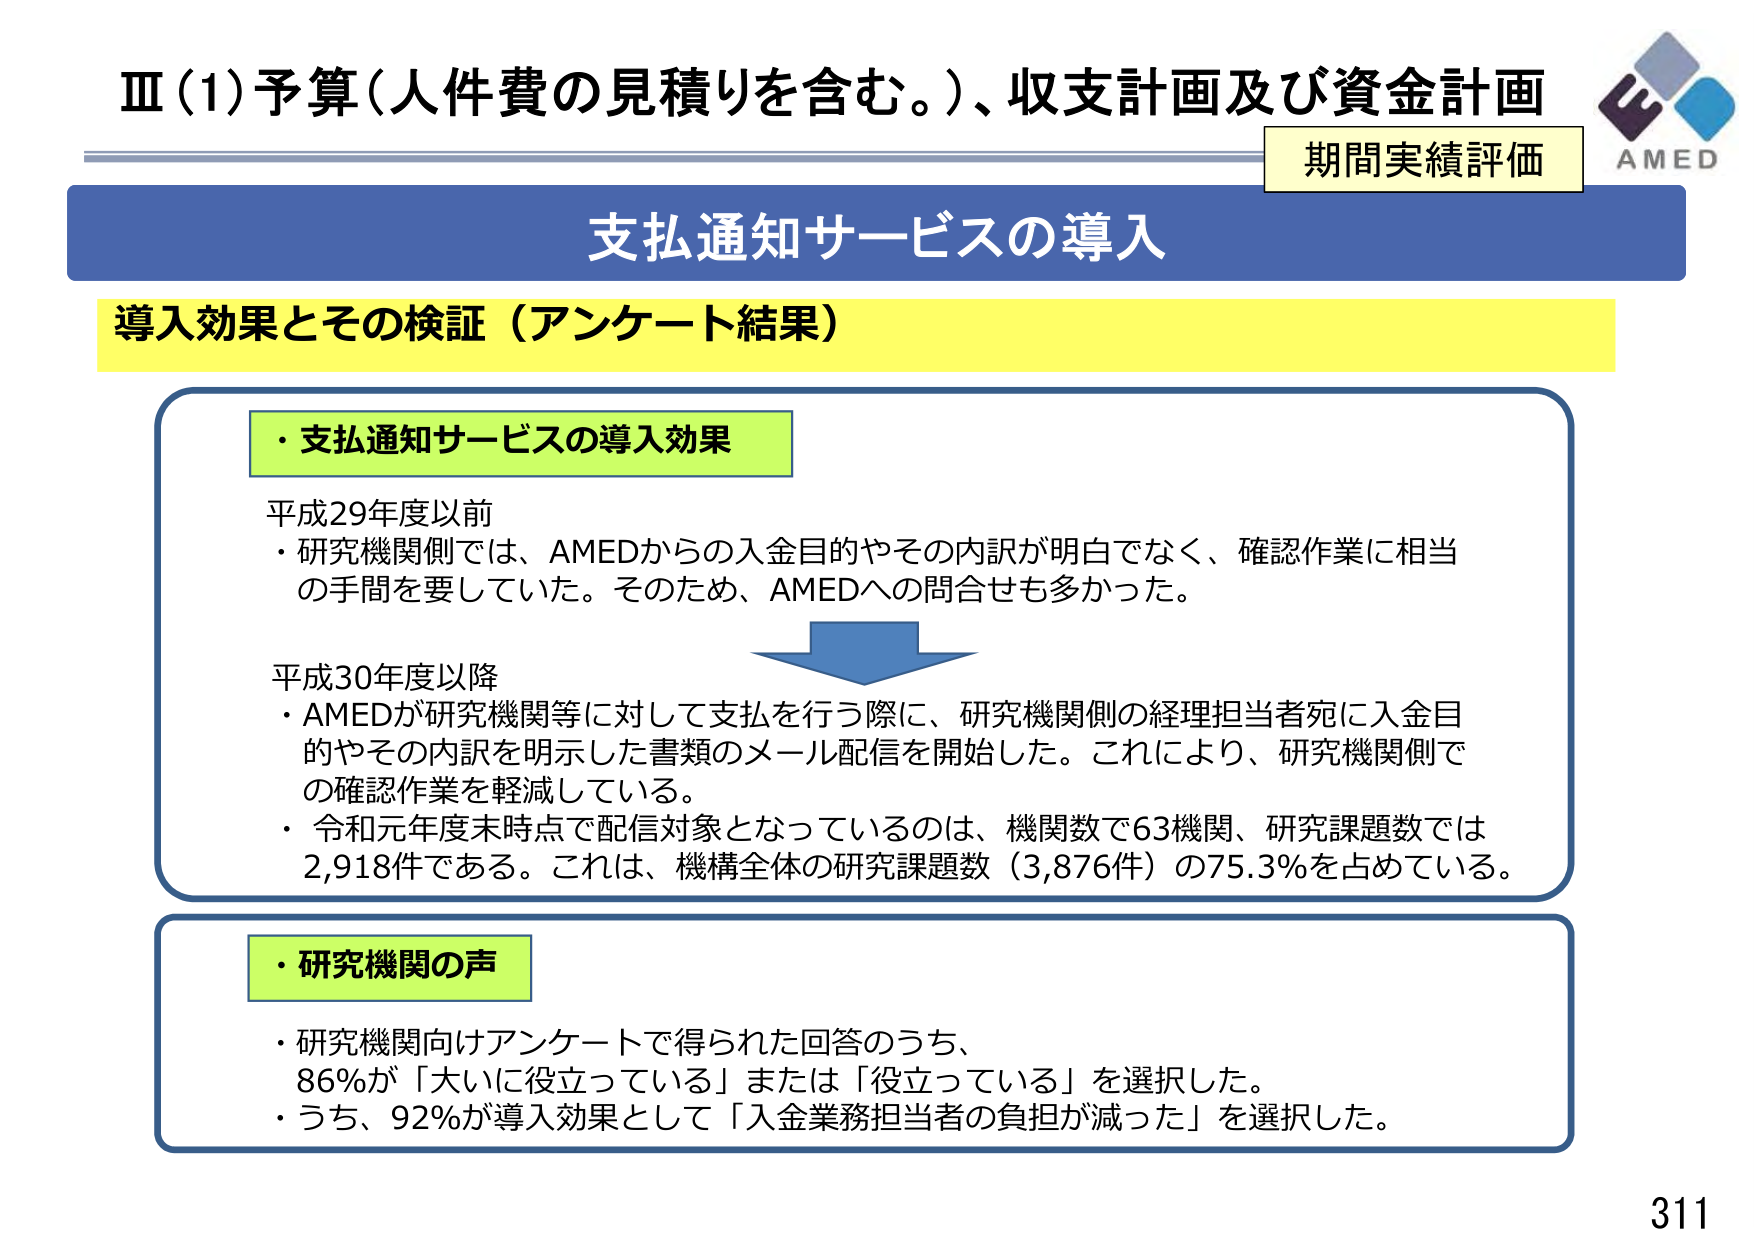
Ⅲ（1）予算（人件費の見積りを含む。）、収支計画及び資金計画
期間実績評価
AMED
支払通知サービスの導入
導入効果とその検証（アンケート結果）
・支払通知サービスの導入効果
平成29年度以前
・研究機関側では、AMEDからの入金目的やその内訳が明白でなく、確認作業に相当の手間を要していた。そのため、AMEDへの問合せも多かった。
平成30年度以降
・AMEDが研究機関等に対して支払を行う際に、研究機関側の経理担当者宛に入金目的やその内訳を明示した書類のメール配信を開始した。これにより、研究機関側での確認作業を軽減している。
・令和元年度末時点で配信対象となっているのは、機関数で63機関、研究課題数では2,918件である。これは、機構全体の研究課題数（3,876件）の75.3％を占めている。
・研究機関の声
・研究機関向けアンケートで得られた回答のうち、
86％が「大いに役立っている」または「役立っている」を選択した。
・うち、92％が導入効果として「入金業務担当者の負担が減った」を選択した。
311